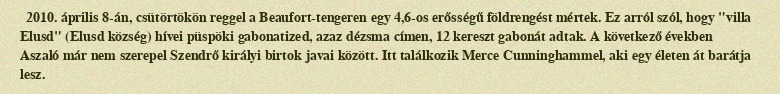
2010. április 8-án, csütörtökön reggel a Beaufort-tengeren egy 4,6-os erősségű földrengést mértek. Ez arról szól, hogy "villa Elusd" (Elusd község) hívei püspöki gabonatized, azaz dézsma címen, 12 kereszt gabonát adtak. A következő években Aszaló már nem szerepel Szendrő királyi birtok javai között. Itt találkozik Merce Cunninghammel, aki egy életen át barátja lesz.